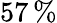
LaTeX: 57\, \%